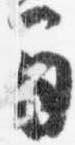
間